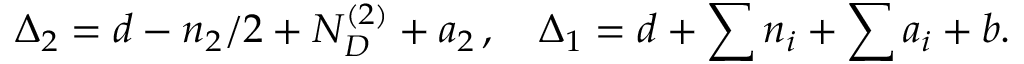
\Delta _ { 2 } = d - n _ { 2 } / 2 + N _ { D } ^ { ( 2 ) } + a _ { 2 } \, , \quad \Delta _ { 1 } = d + \sum n _ { i } + \sum a _ { i } + b .